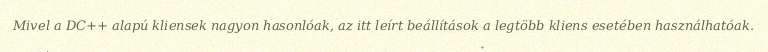
Mivel a DC++ alapú kliensek nagyon hasonlóak, az itt leírt beállítások a legtöbb kliens esetében használhatóak.